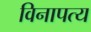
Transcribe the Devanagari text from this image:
विनापत्य